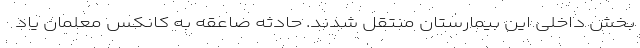
بخش داخلی این بیمارستان منتقل شدند. حادثه صاعقه به کانکس معلمان یاد